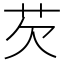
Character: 芡